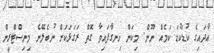
އާދައިގެ ކުޑަކުޑަ ކަމެއް ނޫން. މިކަން ހިނގާފައިވާ ގޮތް ރަގަޅަކަށް ނުބެލޭނެ މިނިސްޓްރީން